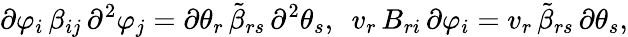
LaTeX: \partial\varphi_{i}\, \beta_{ij}\, \partial^{2}\varphi_{j}=\partial\theta_{r}\, {\tilde{\beta}}_{rs}\, \partial^{2}\theta_{s},\ \ v_{r}\, B_{ri}\, \partial\varphi_{i}=v_{r}\, {\tilde{\beta}}_{rs}\, \partial\theta_{s},